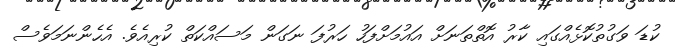
ކުޑަ ވަގުތުކޮޅެއްގައި ކާރު އޮތްތަނަށް އައުމަށްފަހު ހަރުފަ ނަގަން މަސައްކަތް ކުރިއެވެ. އެހެންނަމަވެސް